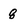
Character: 8